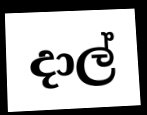
දාල්